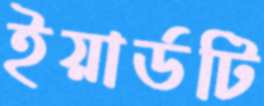
ইয়ার্ডটি